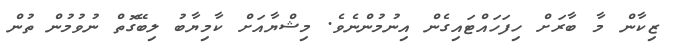
ޒިކާން މާ ބާރަށް ހިފަހައްޓައިގެން އިނުމުންނެވެ. މިޝްޔާއަށް ކާމިޔާބު ލިބޭގޮތް ނުވުމުން ތުން